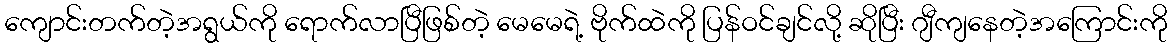
ကျောင်းတက်တဲ့အရွယ်ကို ရောက်လာပြီဖြစ်တဲ့ မေမေရဲ့ ဗိုက်ထဲကို ပြန်ဝင်ချင်လို့ ဆိုပြီး ဂျီကျနေတဲ့အကြောင်းကို